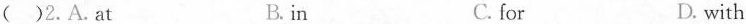
( )2.A.At B. in C. for D. with